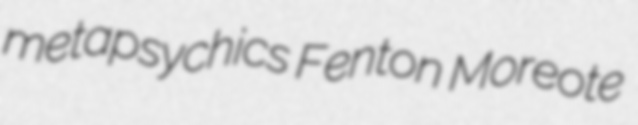
metapsychics Fenton Moreote